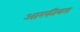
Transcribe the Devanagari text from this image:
आरफीयस